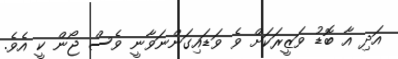
އަދި އާ ބޮޑު ވަޒީރަކަށް ވެ ވަޑައިގަންނަވާނީ ވެސް ޖޯން ކީ އެވެ.